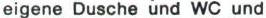
eigene Dusche und WC und